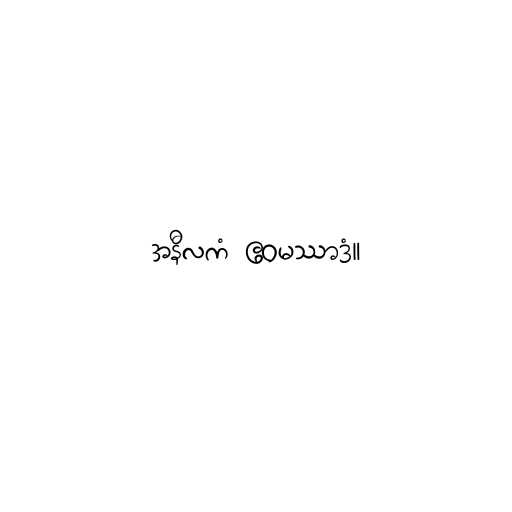
အနီလကံ ဧဝမဿာဒံ။